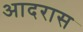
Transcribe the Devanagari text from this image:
आदरास